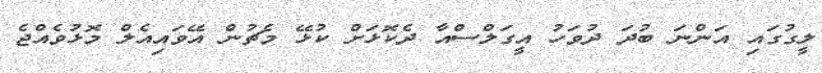
ލީގުގައި އަންނަ ބުދަ ދުވަހު އީގަލްސްއާ ދެކޮޅަށް ކުޅޭ މެޗުން އޭވައިއެލް މޮޅުވެއްޖެ